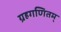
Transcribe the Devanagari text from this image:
ग्रहगणितम्